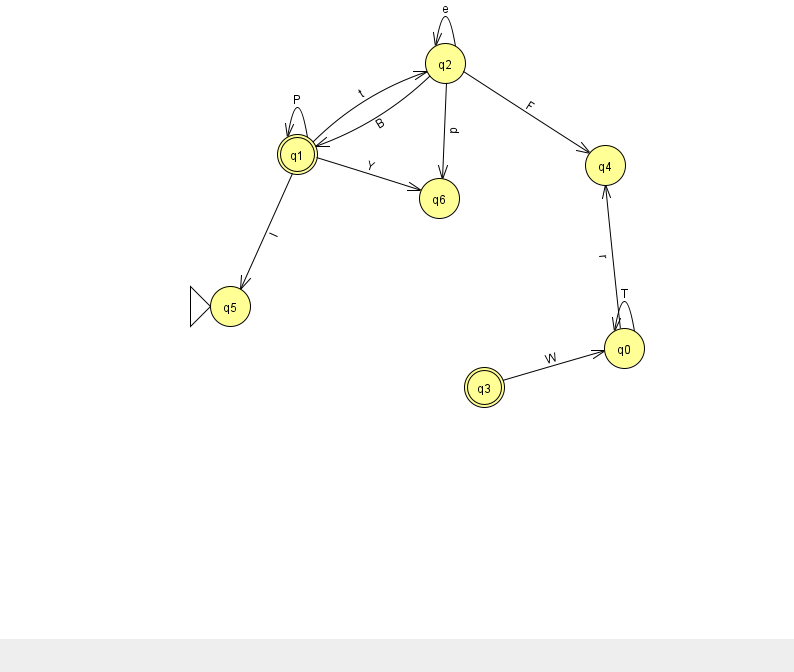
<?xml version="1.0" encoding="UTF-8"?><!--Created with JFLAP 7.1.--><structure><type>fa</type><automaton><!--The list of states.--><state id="0" name="q0"><x>624.0</x><y>335.0</y></state><state id="1" name="q1"><x>297.0</x><y>141.0</y><final/></state><state id="2" name="q2"><x>445.0</x><y>50.0</y></state><state id="3" name="q3"><x>484.0</x><y>374.0</y><final/></state><state id="4" name="q4"><x>605.0</x><y>152.0</y></state><state id="5" name="q5"><x>230.0</x><y>293.0</y><initial/></state><state id="6" name="q6"><x>439.0</x><y>185.0</y></state><!--The list of transitions.--><transition><from>1</from><to>1</to><read>P</read></transition><transition><from>1</from><to>5</to><read>l</read></transition><transition><from>0</from><to>0</to><read>T</read></transition><transition><from>2</from><to>2</to><read>e</read></transition><transition><from>1</from><to>6</to><read>Y</read></transition><transition><from>2</from><to>6</to><read>p</read></transition><transition><from>2</from><to>4</to><read>F</read></transition><transition><from>0</from><to>4</to><read>r</read></transition><transition><from>2</from><to>1</to><read>B</read></transition><transition><from>1</from><to>2</to><read>t</read></transition><transition><from>3</from><to>0</to><read>W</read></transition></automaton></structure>